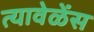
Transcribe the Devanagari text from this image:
त्यावेळेंस